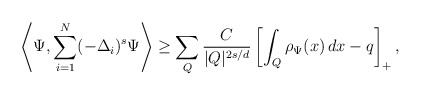
\begin{align*}\left\langle \Psi , \sum_{i=1}^N (-\Delta_i)^s \Psi \right \rangle\ge \sum_Q \frac{C}{|Q|^{2s/d}} \left[ \int_Q \rho_\Psi(x)\,dx - q \right]_+,\end{align*}